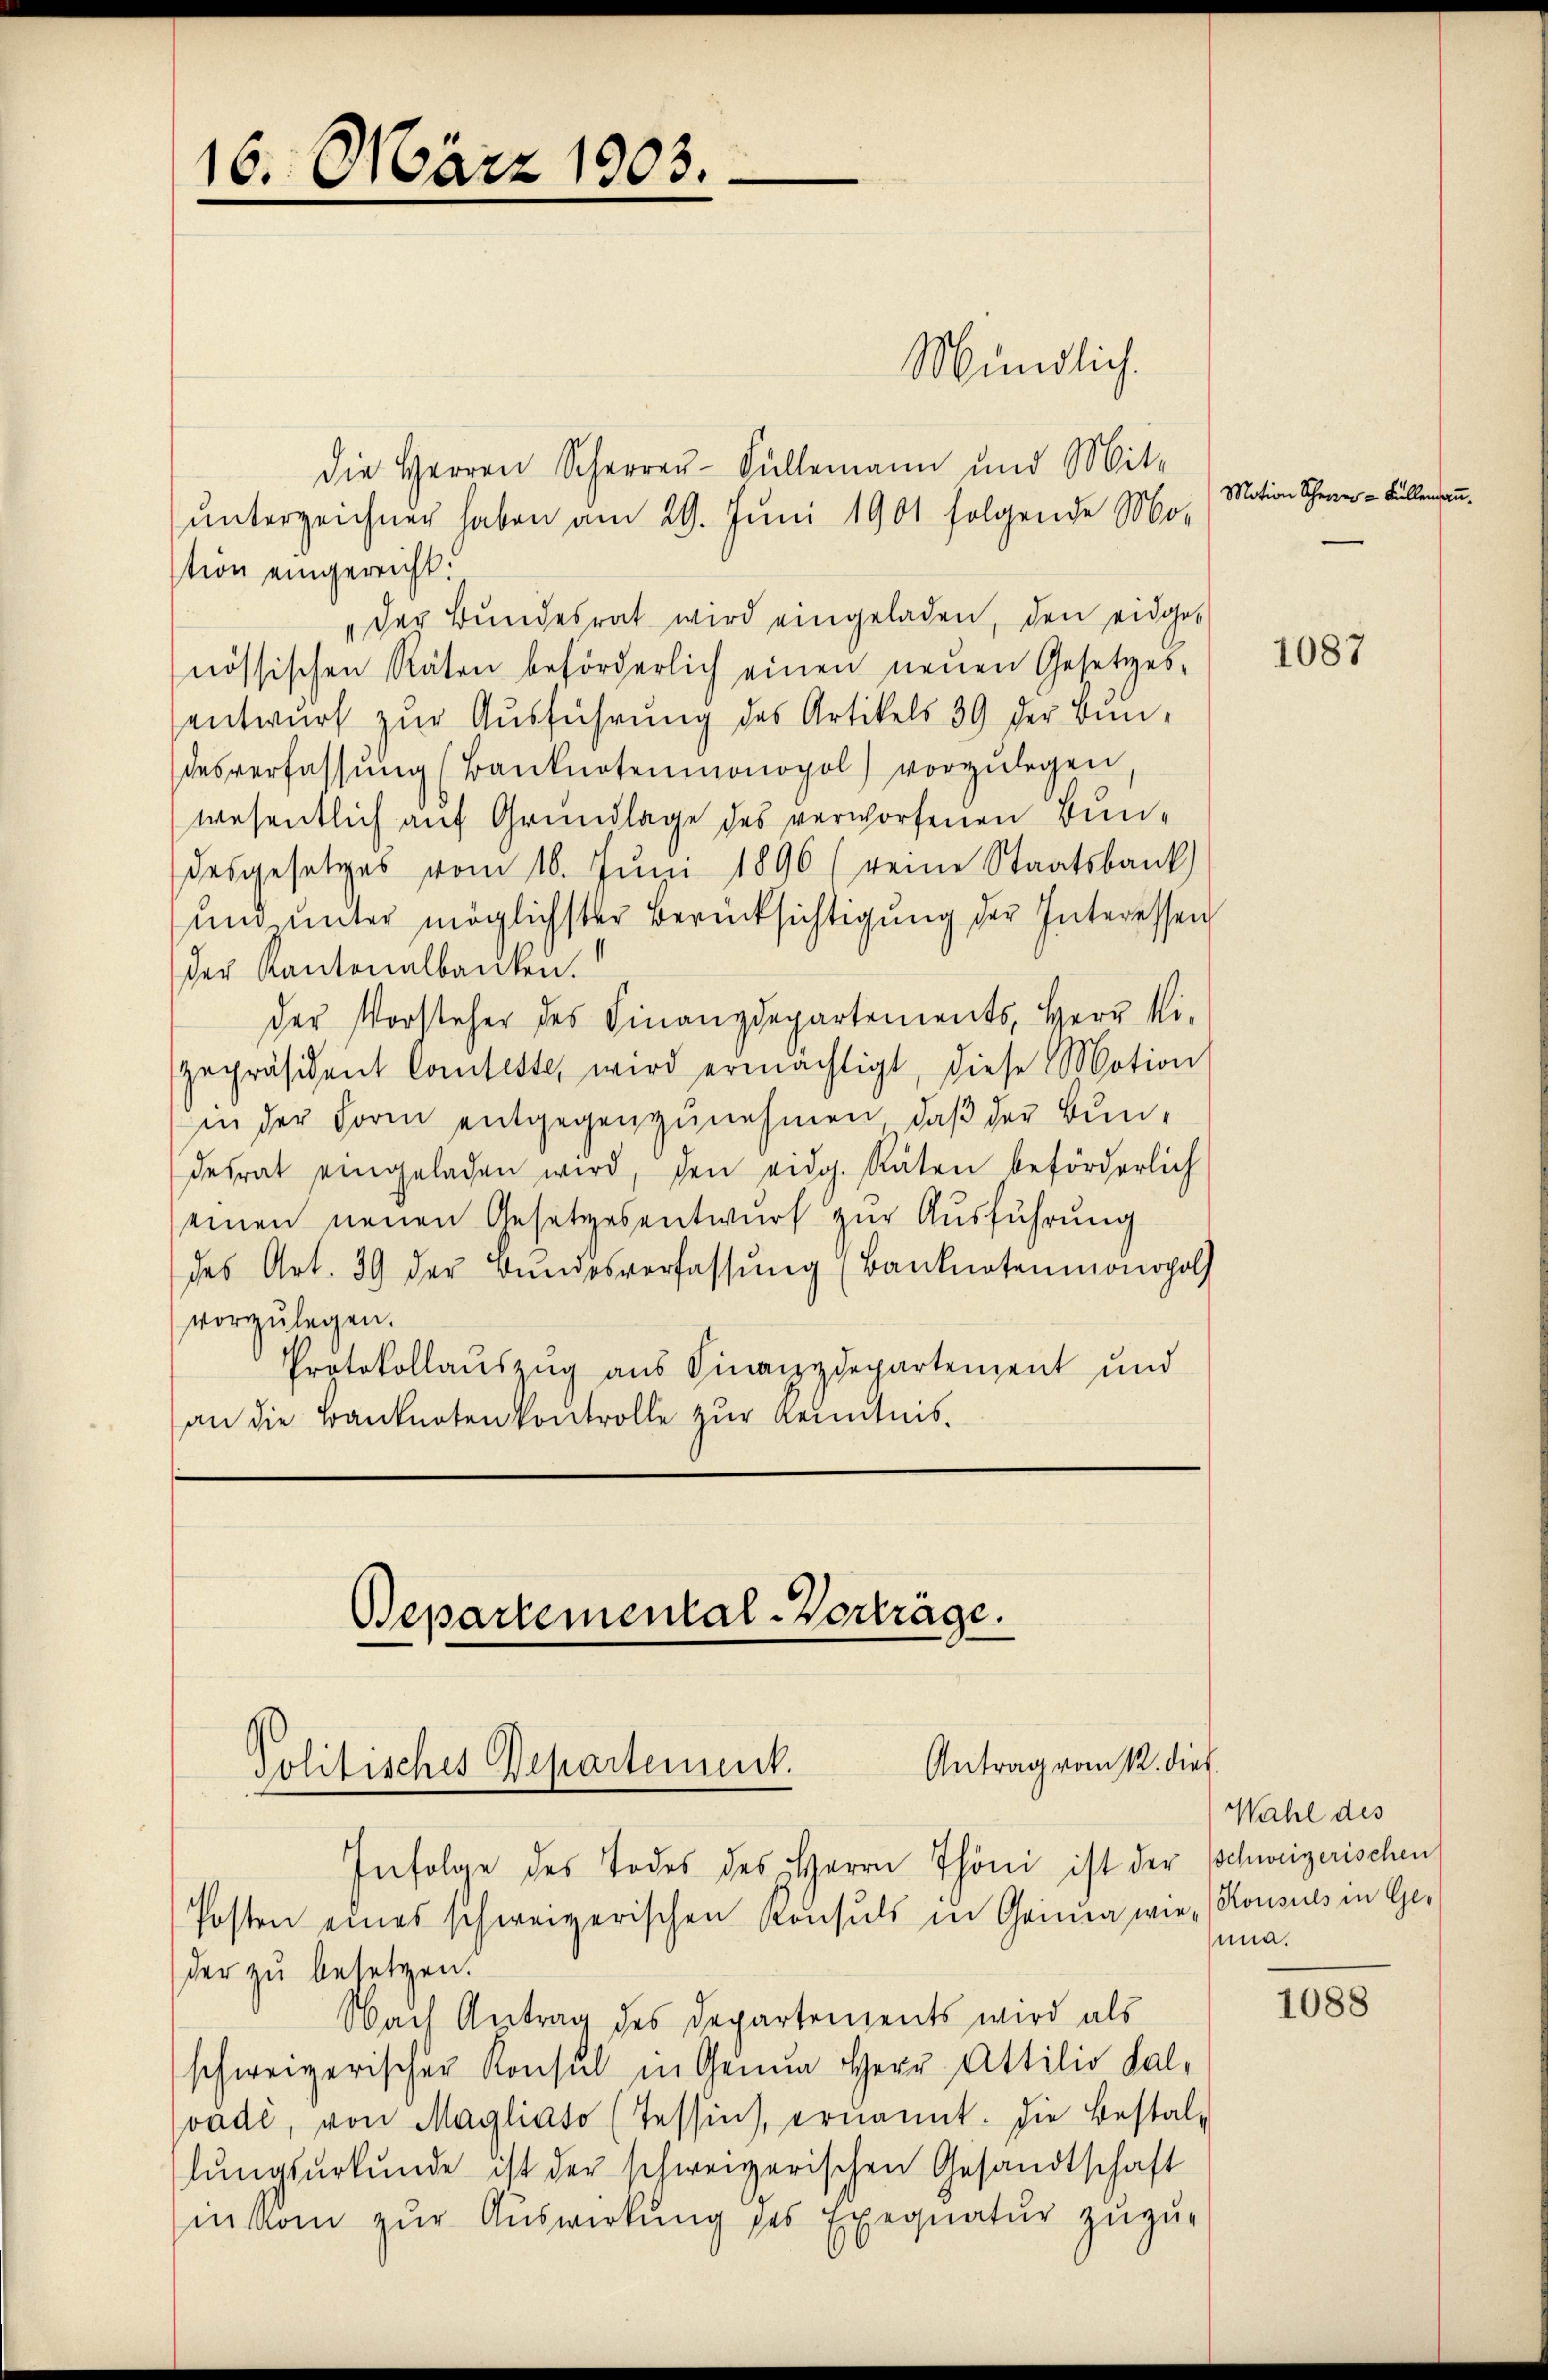
die Herren Scher-Füllemann und Mit-
unterzeichnen haben am 29. Juni 1901 folgende Mo-
stion eingereicht.
„der Bundesrat wird eingeladen, den eidgenössischen Räten beförderlich einen neuen Gesetzes-
entwurf zur Ausführung des Artikels 39 der Bundesverfassŭng (Banknotenmonopol) vorzŭlegen,
wesentlich auf Grundlage des verworfenen Bundesgesetzes vom 16. Jŭni 1896 (reine Staatsbank
und unter möglichster Berücksichtigung der Interessen
der Kantonalbanken.
der Vorsteher des Finanzdepartements, Herr Vi
zepräsident Comteste, wird ermächtigt, diese Motion
in der Form entgegenzunehmen, daß der Bundesrat eingeladen wird, den eidg. Räten beförderlich
einen neuen Gesetzesentwurf zur Ausführung
des Art. 39 der Bŭndesverfassŭng (Banknotenmonopol
vorzulegen.
Protokollauszug aus Finanzdepartement und
an die Banknoten kontrolle zur Kenntnis.

16. März 1903.

Bepartemental-Vorträge.
Antrag vom 12. dies
Politisches Departement.

Mündlich.

Infolge des Todes des Herrn Thöni ist der schweizerischen
Posten eines schweizerischen Konsuls in Grina wie Konsuls in Ge-
der zu besetzen.
Nach Antrag des Departements wird als
schweizerischer Konsul in Genua Herr Attilio Sal-
vade, von Magliato (Tessin, ernannt. Die Bestal-
lungsurkunde ist der schweizerischen Gesandtschaft
ikon zur Auswirkung des Exequatur zuzu-

Motion Scherer = Füllermai

1087

Wahl des
una.

1088